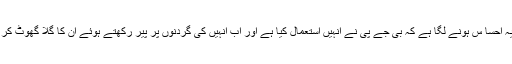
اب ان تمام جماعتوں کو یہ احسا س ہونے لگا ہے کہ بی جے پی نے انہیں استعمال کیا ہے اور اب انہیں کی گردنوں پر پیر رکھتے ہوئے ان کا گلا گھوٹ کر خود آگے نکل گئی ہے ۔